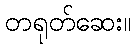
တရုတ်ဆေး။